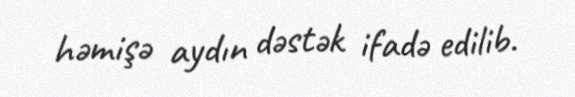
həmişə aydın dəstək ifadə edilib.